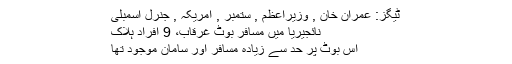
ٹیگز: عمران خان , وزیراعظم , ستمبر , امریکہ , جنرل اسمبلی
نائجیریا میں مسافر بوٹ غرقاب، 9 افراد ہلاک
اس بوٹ پر حد سے زیادہ مسافر اور سامان موجود تھا